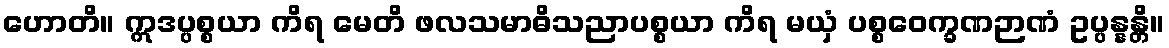
ဟောတိ။ ဣဒပ္ပစ္စယာ ကိရ မေတိ ဖလသမာဓိသညာပစ္စယာ ကိရ မယှံ ပစ္စဝေက္ခဏဉာဏံ ဥပ္ပန္နန္တိ။